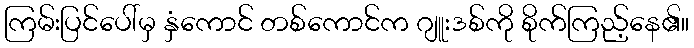
ကြမ်းပြင်ပေါ်မှ နှံကောင် တစ်ကောင်က ဂျူးဒစ်ကို စိုက်ကြည့်နေ၏။